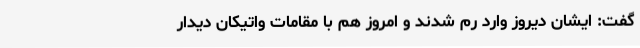
گفت: ایشان دیروز وارد رم شدند و امروز هم با مقامات واتیکان دیدار